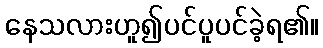
နေသလားဟူ၍ပင်ပူပင်ခဲ့ရ၏။